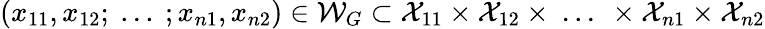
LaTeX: (x_{11},x_{12};~...~;x_{n1},x_{n2})\in\mathcal{W}_{G}\subset\mathcal{X}_{11}\times\mathcal{X}_{12}\times~...~\times\mathcal{X}_{n1}\times\mathcal{X}_{n2}